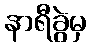
နာရီခွဲမှ